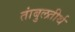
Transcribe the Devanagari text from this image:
तांबुलतीर्थ